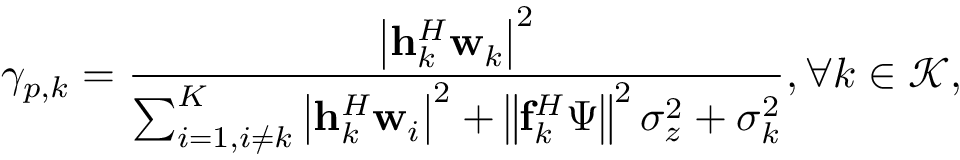
\gamma _ { p , k } = \frac { \left| \mathbf { h } _ { k } ^ { H } \mathbf { w } _ { { k } } \right| ^ { 2 } } { \sum _ { i = 1 , i \neq k } ^ { K } \left| \mathbf { h } _ { k } ^ { H } \mathbf { w } _ { i } \right| ^ { 2 } + \left\| \mathbf { f } _ { k } ^ { H } \boldsymbol { \Psi } \right\| ^ { 2 } \sigma _ { z } ^ { 2 } + \sigma _ { k } ^ { 2 } } , \forall k \in \mathcal { K } ,